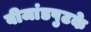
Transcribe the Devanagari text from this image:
बीजांडपुटके